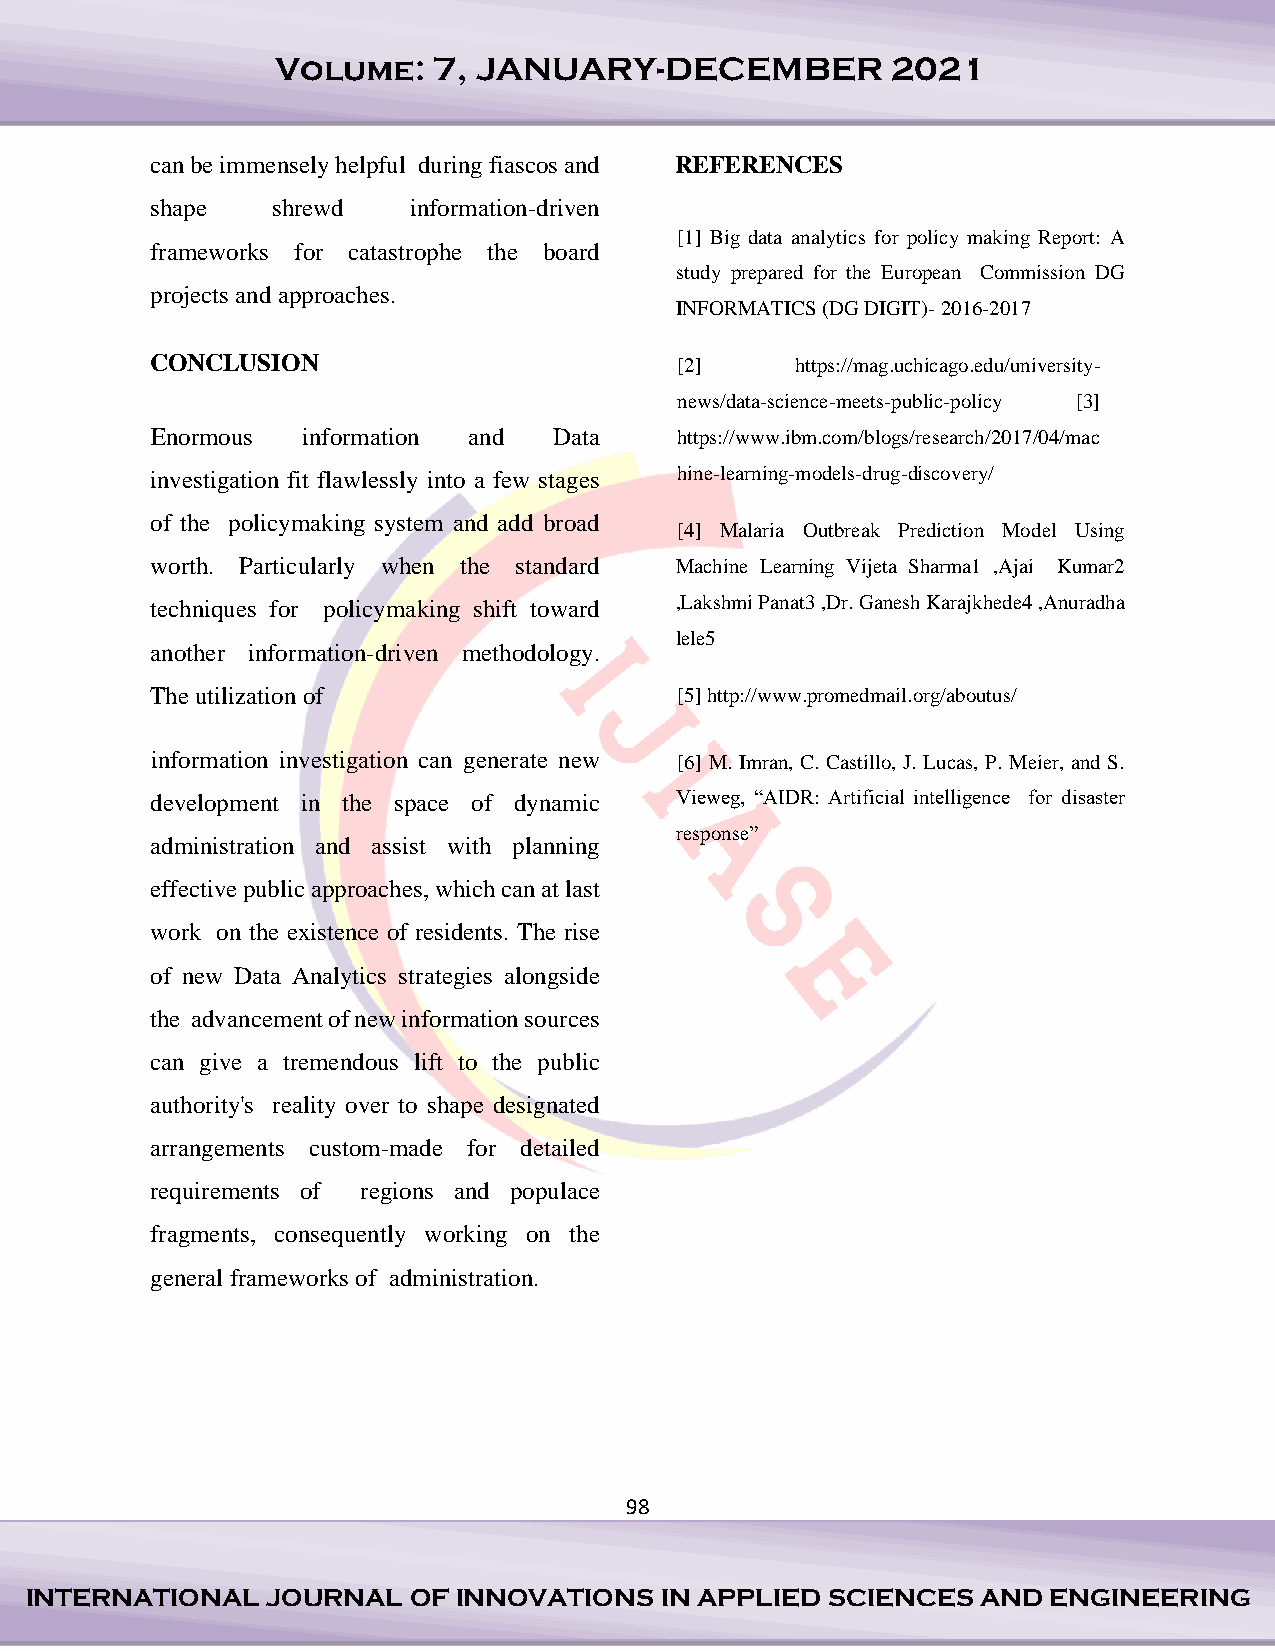
Volume:    7, JANUARY-DECEMBER           2021
 can be immensely helpful during fiascos and REFERENCES
 shape   shrewd   information-driven
 [1] Big data analytics for policy making Report: A
 frameworks for catastrophe the board
 study prepared for the European Commission DG
 projects and approaches.
 INFORMATICS (DG DIGIT)- 2016-2017
 CONCLUSION                         [2]     https://mag.uchicago.edu/university-
 news/data-science-meets-public-policy [3]
 Enormous  information and  Data    https://www.ibm.com/blogs/research/2017/04/mac
 investigation fit flawlessly into a few stages hine-learning-models-drug-discovery/
 of the policymaking system and add broad
 [4] Malaria Outbreak Prediction Model Using
 worth. Particularly when the standard Machine Learning Vijeta Sharma1 ,Ajai Kumar2
 techniques for policymaking shift toward ,Lakshmi Panat3 ,Dr. Ganesh Karajkhede4 ,Anuradha
 lele5
 another information-driven methodology.
 The utilization of                 [5] http://www.promedmail.org/aboutus/
 information investigation can generate new [6] M. Imran, C. Castillo, J. Lucas, P. Meier, and S.
 development in the space of dynamic Vieweg, “AIDR: Artificial intelligence for disaster
 response”
 administration and assist with planning
 effective public approaches, which can at last
 work on the existence of residents. The rise
 of new Data Analytics strategies alongside
 the advancement of new information sources
 can give a tremendous lift to the public
 authority's reality over to shape designated
 arrangements custom-made for detailed
 requirements of regions and populace
 fragments, consequently working on the
 general frameworks of administration.
 98
 INTERNATIONAL   JOURNAL  OF INNOVATIONS   IN APPLIED SCIENCES  AND ENGINEERING